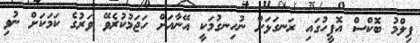
ފިލްމު ބޮކްސް އޮފީހުގައި ރަނގަޅަށް ނުހިނގުމަކީ އޭނާއަށް ހަޖަމުކުރެވޭ ވަރުގެ ކަމަކަށް ނުވި